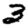
Digit: 3